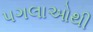
પગલાઓથી